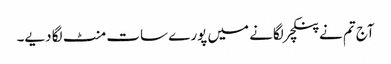
آج تم نے پنکچر لگانے میں پورے سات منٹ لگا دیے۔